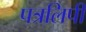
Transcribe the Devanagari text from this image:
पत्रलिपी